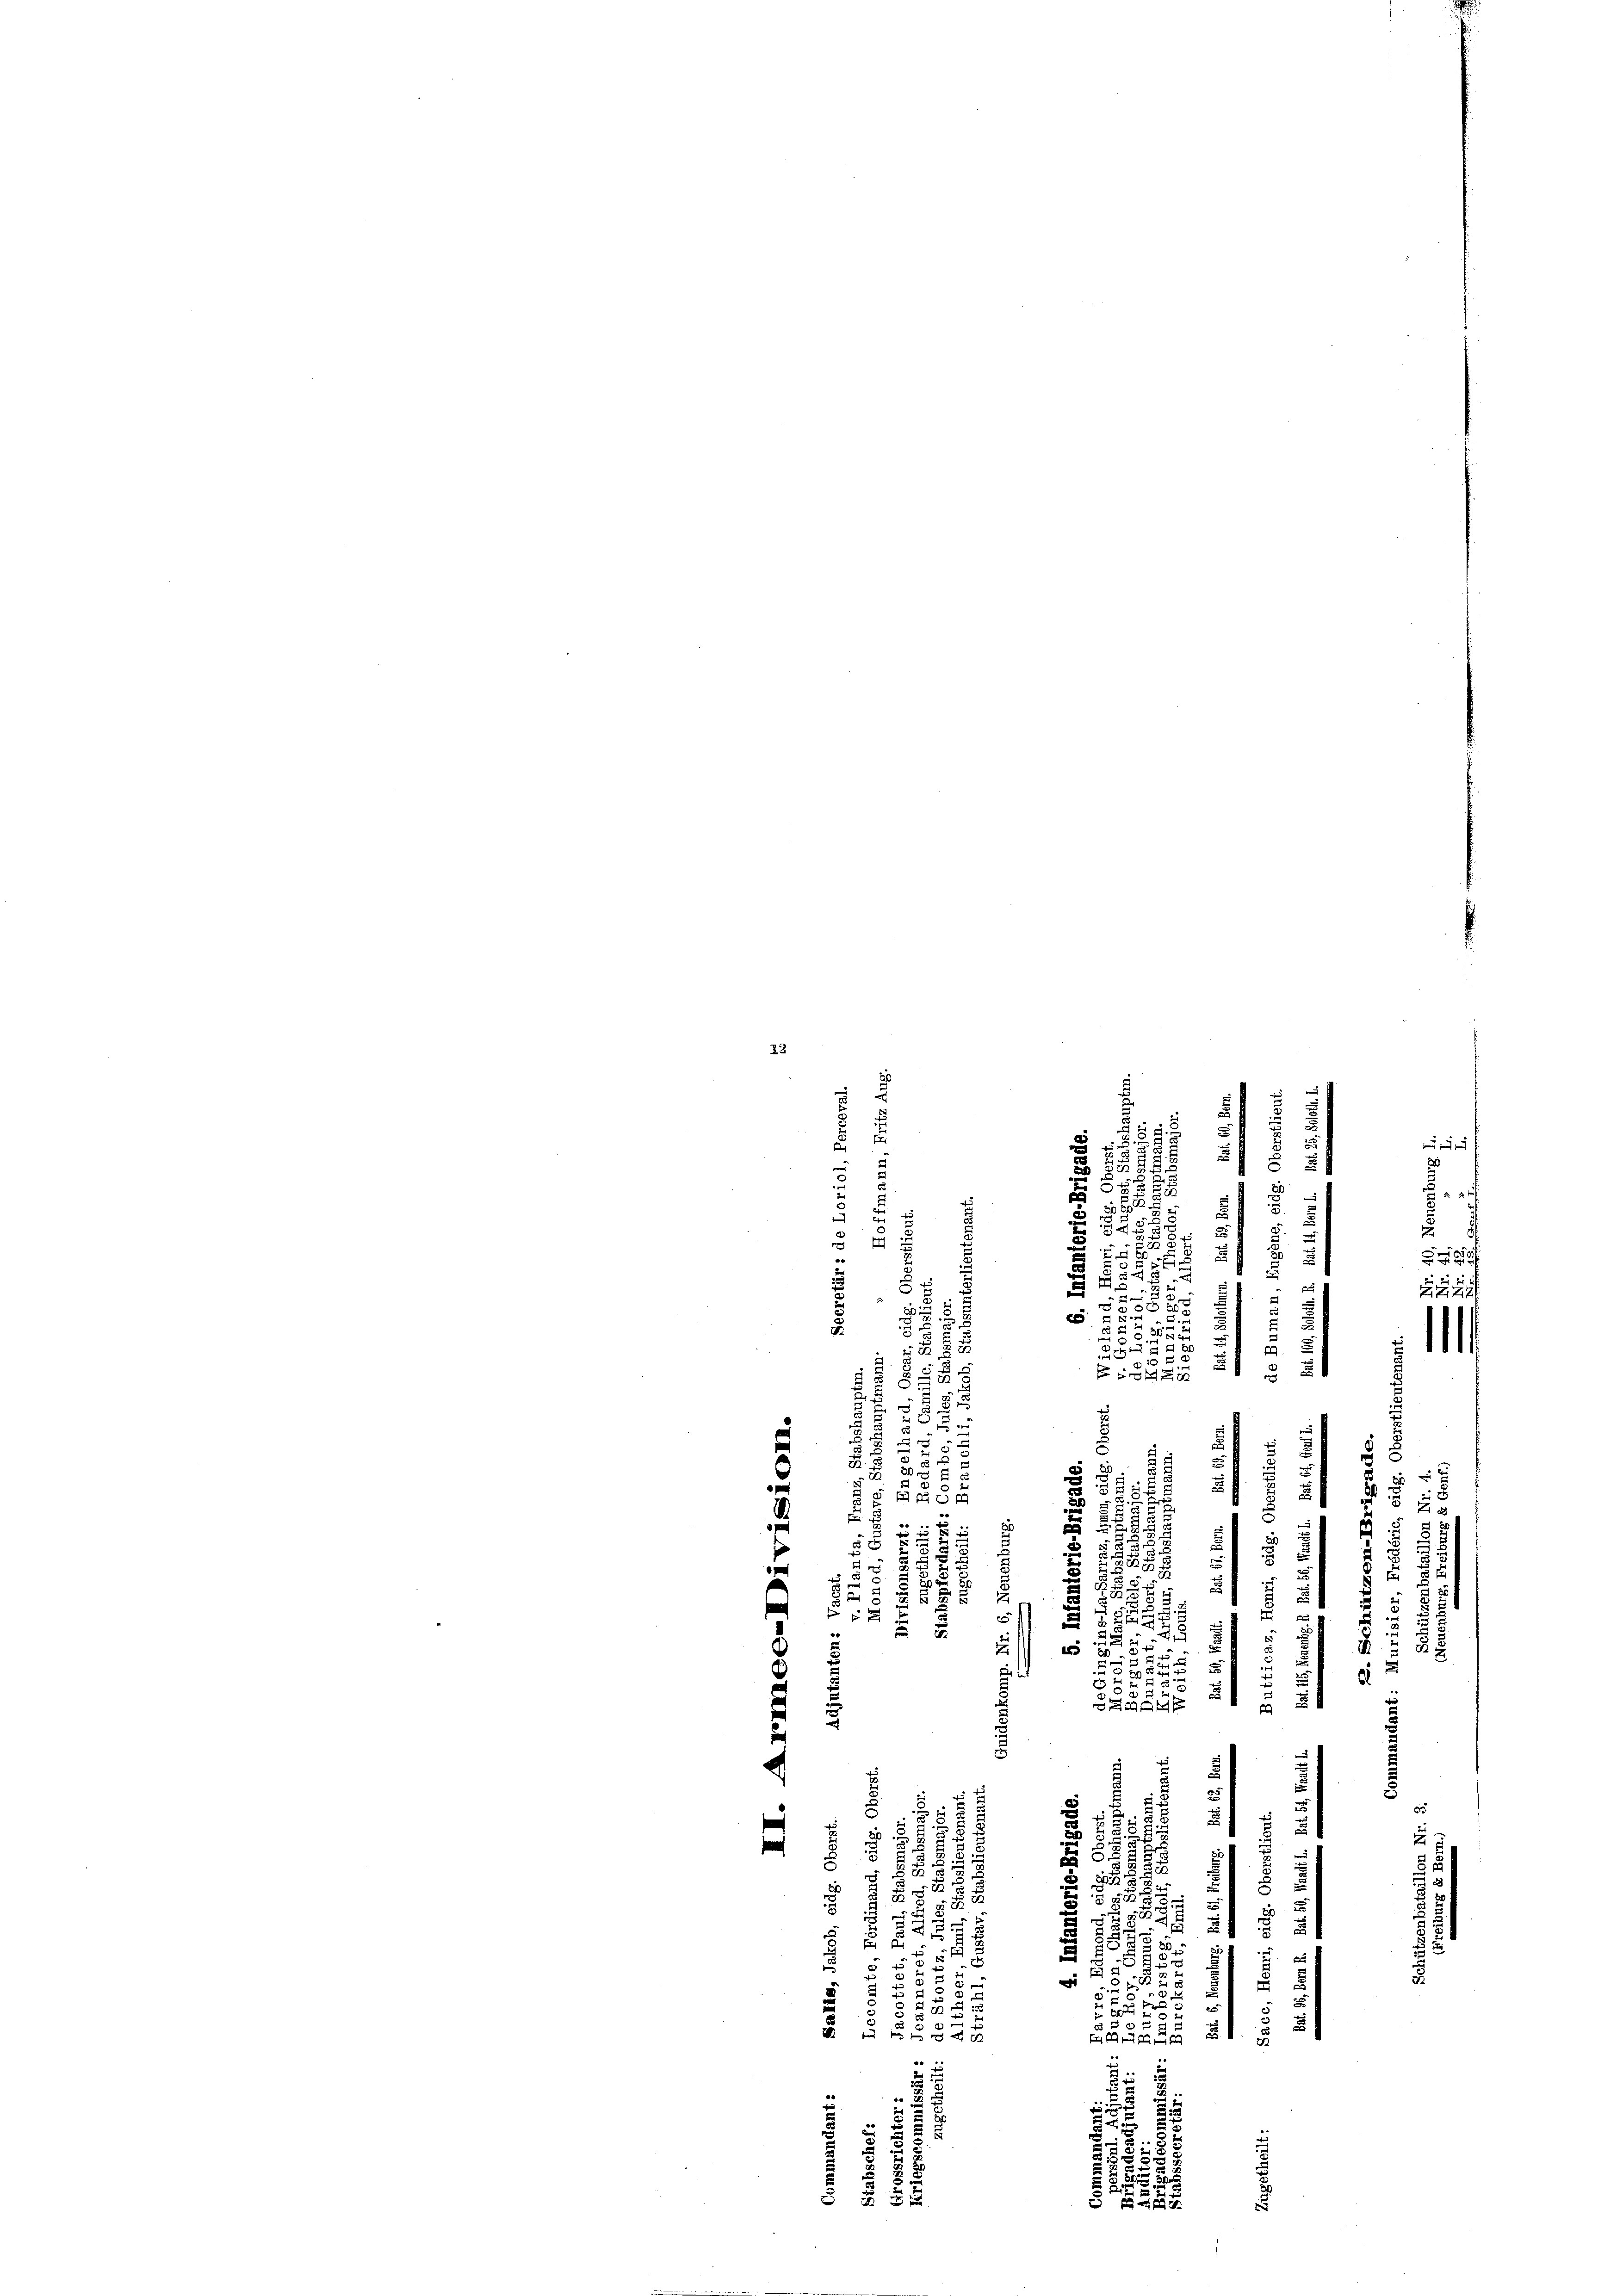
23
20
u
e
u
e
e
.
5
4
d
2
¬
)
d
e
s
i
e
u
a
.
:

s
15
54.
zu

e
ZZZ7f
25 x

2
.

5
7
2
ES 51
2
2
R
e
.
58
i
x
e
s
25
.
5 258
54
 85

r
 55
n

2

x
e
5
2
5
5
E
u

e
e
u
2
5

¬

e
e
i
5

u
I
u
8 x
e
¬
e
u
.
.
52
n

5
t
5
.
d
e
¬
u
d

¬
3
i
.
5
u
4
E
2

.
3
2
.
5

58
8
u
u
9 x
2.
u
n

x
88.
u
r
u
2
e

 55 x
g

25

ESAA B
.
7.
2
u

55
5.8.

2
2
i
 xx

.

11